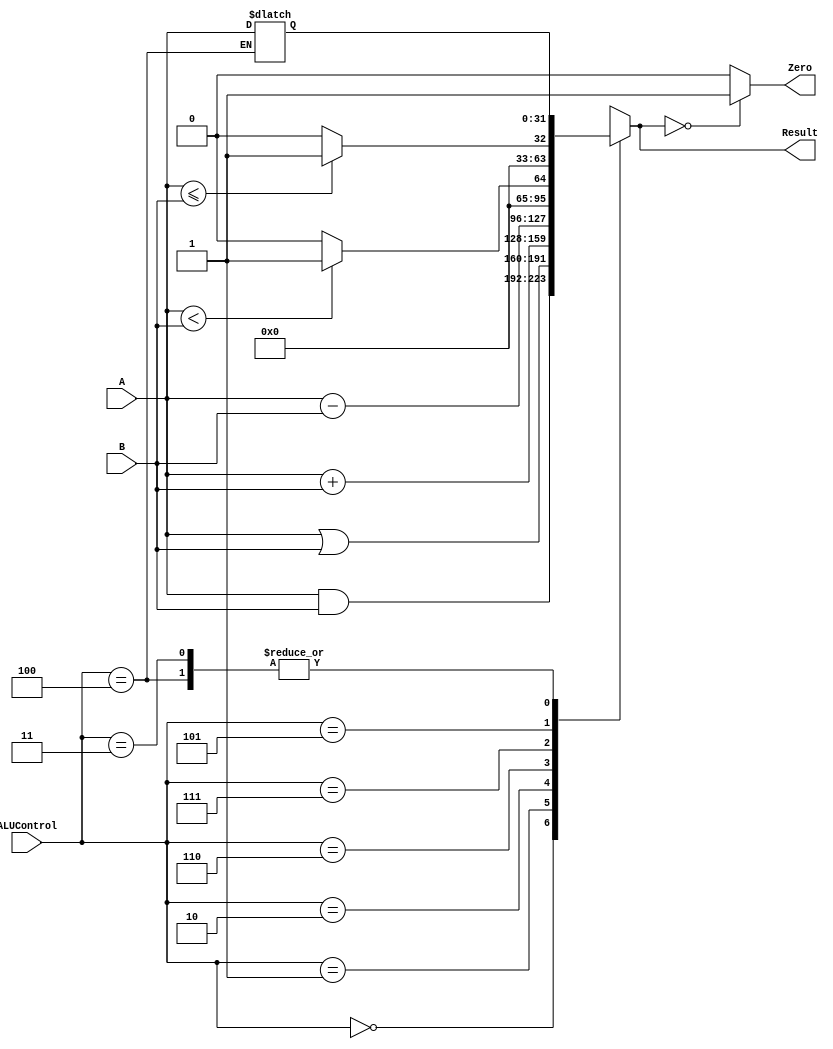
//////////////////////////////////////////////////////////////////////////////////
// Company: Bilkent
// 
//
//////////////////////////////////////////////////////////////////////////////////

module alu  (input [31:0] A,
             input [31:0] B,
             input [2:0] ALUControl,
             output reg[31:0] Result,
             output Zero
             );

reg [31:0] regmt;

	always @ (A or B or ALUControl or regmt)
		case(ALUControl)
		  3'b000: Result <= A & B; // AND
		  3'b001: Result <= A | B; // OR
		  3'b010: Result <= A + B; // ADD
//		  3'b011: Result <= A * B; // **MULT
		  3'b110: Result <= A - B; // SUB
		  3'b111: Result <= (A < B)? 1:0; // SLT
		  3'b101: Result <= (A <= B)? 1:0; // **SLTE 5
		  3'b011: Result <= regmt; // **MFLO 3
		  3'b100: begin regmt <= A; Result <= regmt; end// **MTLO 4
		 default: Result <= {32{1'b1}}; //undefined ALU operation
		endcase

	assign Zero = (Result==0) ? 1 : 0 ;

endmodule